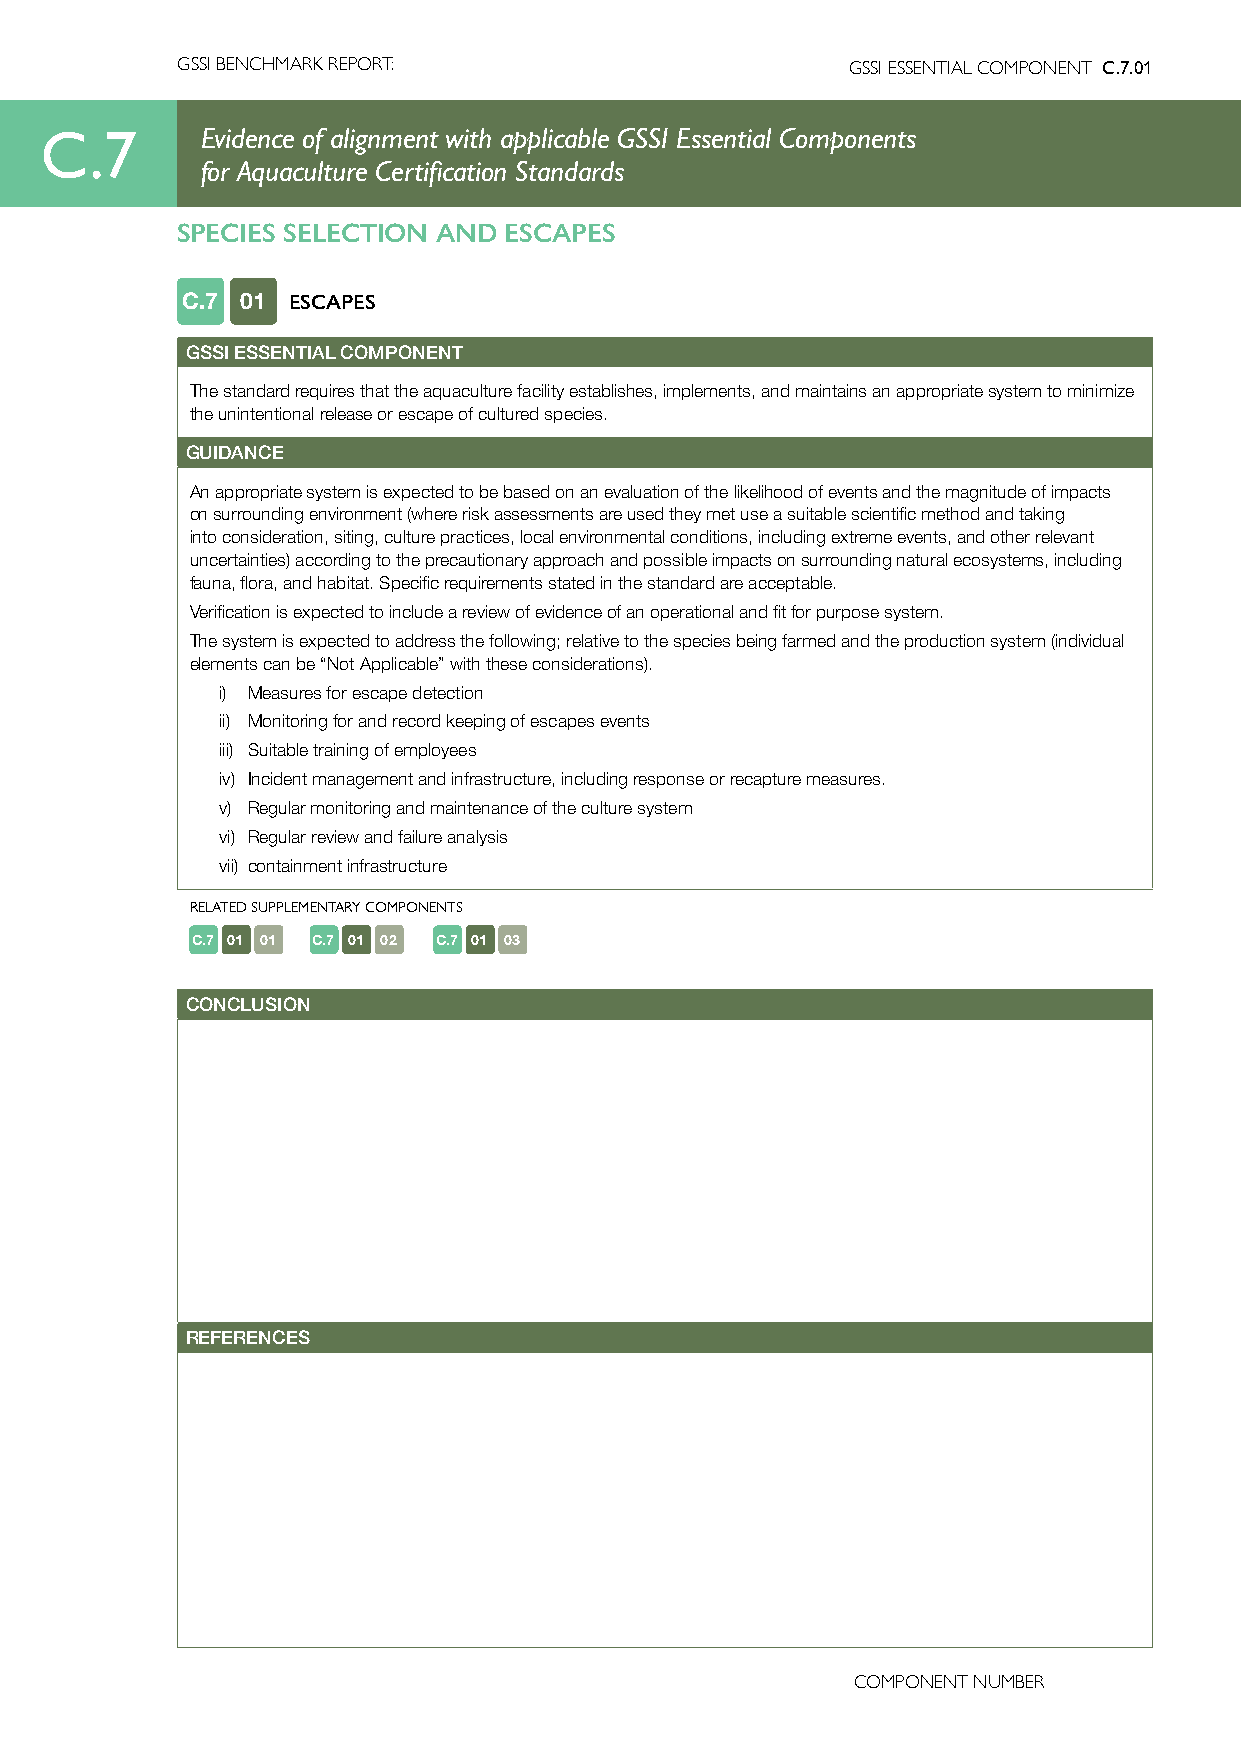
GSSI BENCHMARK REPORT:                      GSSI ESSENTIAL COMPONENT C.7.01
 C.7       Evidence of alignment with applicable GSSI Essential Components
 for Aquaculture Certification Standards
 SPECIES SELECTION AND ESCAPES
 C.7 01 ESCAPES
 GSSI ESSENTIAL COMPONENT
 The standard requires that the aquaculture facility establishes, implements, and maintains an appropriate system to minimize
 the unintentional release or escape of cultured species.
 GUIDANCE
 An appropriate system is expected to be based on an evaluation of the likelihood of events and the magnitude of impacts
 on surrounding environment (where risk assessments are used they met use a suitable scientific method and taking
 into consideration, siting, culture practices, local environmental conditions, including extreme events, and other relevant
 uncertainties) according to the precautionary approach and possible impacts on surrounding natural ecosystems, including
 fauna, flora, and habitat. Specific requirements stated in the standard are acceptable.
 Verification is expected to include a review of evidence of an operational and fit for purpose system.
 The system is expected to address the following; relative to the species being farmed and the production system (individual
 elements can be “Not Applicable” with these considerations).
 i) Measures for escape detection
 ii) Monitoring for and record keeping of escapes events
 iii) Suitable training of employees
 iv) Incident management and infrastructure, including response or recapture measures.
 v) Regular monitoring and maintenance of the culture system
 vi) Regular review and failure analysis
 vii) containment infrastructure
 RELATED SUPPLEMENTARY COMPONENTS
 C.7 01 01 C.7 01 02 C.7 01 03
 CONCLUSION
 REFERENCES
 COMPONENT NUMBER